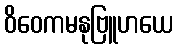
ဝိဝေကမနုဗြူဟယေ